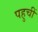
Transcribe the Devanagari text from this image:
पहुचीं